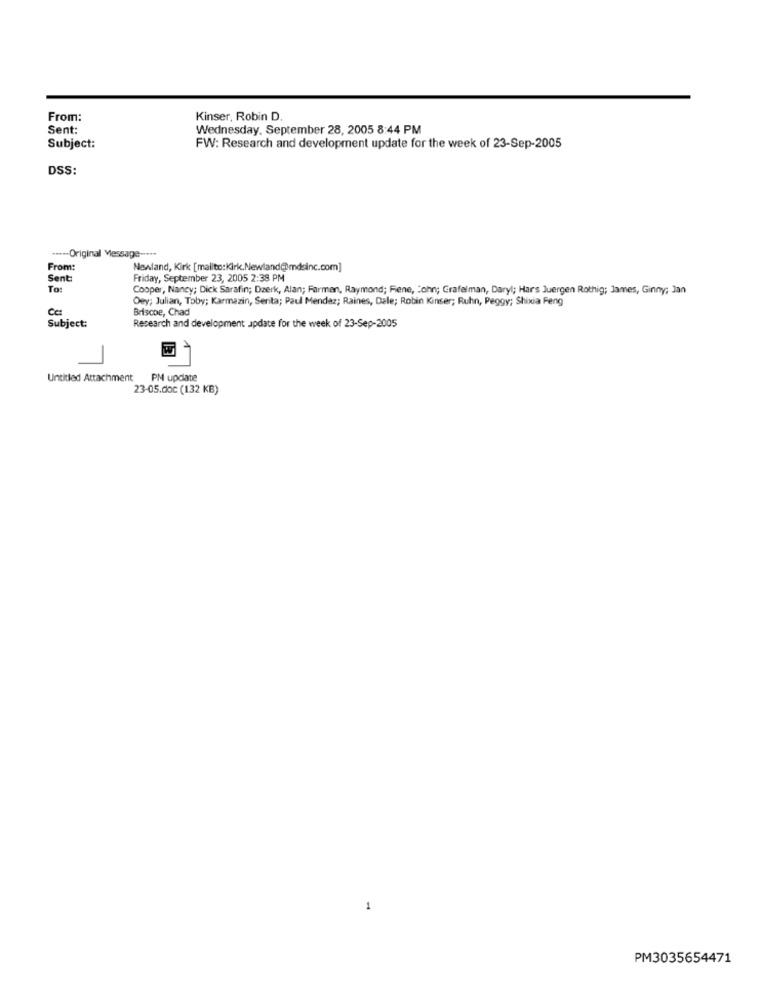
From:
Kinser, Robin D.
Sent:
Wednesday, September 28, 2005 8:44 PM
Subject:
FW: Research and development update for the week of 23-Sep-2005
DSS:
.---- Original Message -....
From:
Newland, Kirk [mailto:Kirk.Newland@mdsinc.com]
Sent:
Friday, September 23, 2005 2:38 PM
To:
Cooper, Nancy; Dick Sarafin; Dzerk, Alan; Farmen, Raymond; Fene, John; Grafelman, Daryl; Hars Juergen Rothig; James, Ginny; Jan
Oey; Julian, Toby; Karmazin, Serita; Paul Mendez; Raines, Dale; Robin Kinser; Ruhn, Peggy; Shixia Feng
Cc:
Briscoe, Chad
Subject:
Research and development update for the week of 23-Sep-2005
Untitled Attachment PM update
23-05.doc (132 KB)
1
PM3035654471